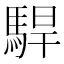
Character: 駻